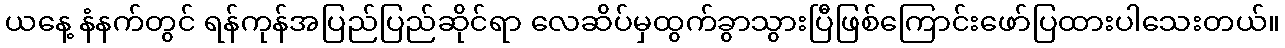
ယနေ့ နံနက်တွင် ရန်ကုန်အပြည်ပြည်ဆိုင်ရာ လေဆိပ်မှထွက်ခွာသွားပြီဖြစ်ကြောင်းဖော်ပြထားပါသေးတယ်။